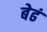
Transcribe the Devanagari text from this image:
बेढं